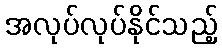
အလုပ်လုပ်နိုင်သည့်